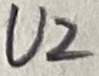
Text: U2